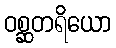
ဝစ္ဆတရိယော